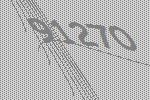
91270